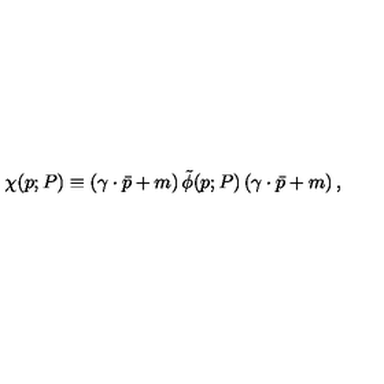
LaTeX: \chi ( p ; P ) \equiv \left( \gamma \cdot \bar { p } + m \right) \tilde { \phi } ( p ; P ) \left( \gamma \cdot \bar { p } + m \right) ,